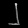
Digit: ၂